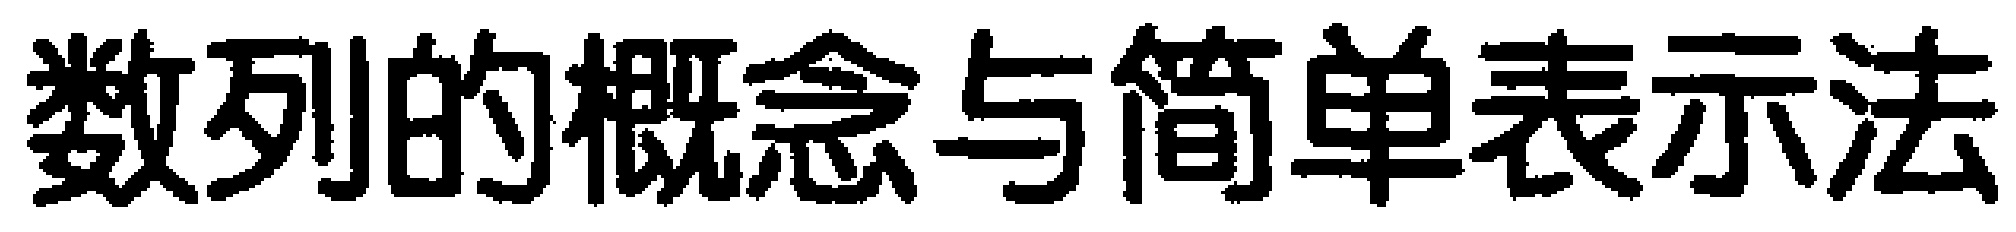
数列的概念与简单表示法